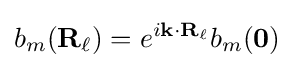
b_{m}(\mathbf {R} _{\ell })=e^{i\mathbf {k} \cdot \mathbf {R} _{\ell }}b_{m}(\mathbf {0} )\